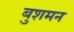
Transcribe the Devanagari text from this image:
बुशमन